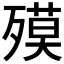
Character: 𣩎